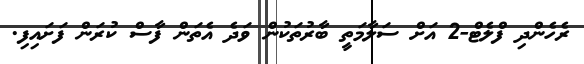
ރެހެންދި ފްލެޓް-2 އަށް ސަލާމަތީ ބާރުތަކުން ވަދެ އެތަން ފާސް ކުރަން ފަށައިފި.